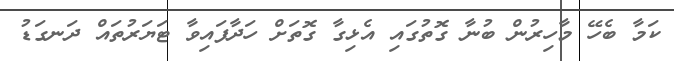
ކަމާ ބެހޭ މާހިރުން ބުނާ ގޮތުގައި އެޅިގާ ގޮތަށް ހަދާފައިވާ ޓަޔަރުތައް ދަނގަޑު